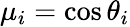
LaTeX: \mu_{i}=\cos\theta_{i}